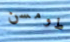
طومسن